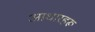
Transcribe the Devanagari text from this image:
आधारहरू